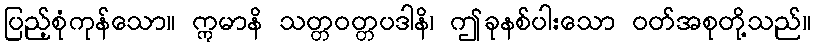
ပြည့်စုံကုန်သော။ ဣမာနိ သတ္တဝတ္တပဒါနိ၊ ဤခုနစ်ပါးသော ဝတ်အစုတို့သည်။